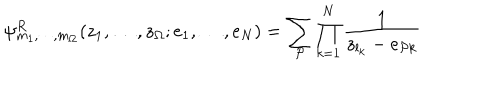
LaTeX: \psi _ { m _ { 1 } , \cdots , m _ { \Omega } } ^ { R } ( z _ { 1 } , \dots , z _ { \Omega } ; e _ { 1 } , \dots , e _ { N } ) = \sum _ { \cal P } \prod _ { k = 1 } ^ { N } \frac { 1 } { z _ { l _ { k } } - e _ { { \cal P } k } }